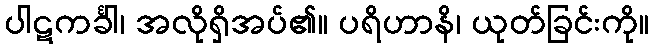
ပါဋကင်္ခါ၊ အလိုရှိအပ်၏။ ပရိဟာနိ၊ ယုတ်ခြင်းကို။